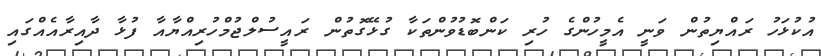
އުކުޅަހު ރައްޔިތުން ވަނީ އެމީހުންގެ ހުރި ކަންބޮޑުވުންތަކާ ގުޅޭގޮތުން ރައީސުލްޖުމްހުރިއްޔާއާ ފުޅާ ދާއިރާއެއްގައި